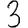
Digit: 3